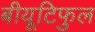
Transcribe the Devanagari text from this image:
बीयूटिफुल